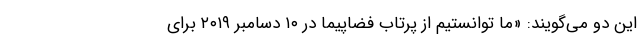
این دو می‌گویند: «ما توانستیم از پرتاب فضاپیما در ۱۰ دسامبر ۲۰۱۹ برای